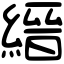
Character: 縉